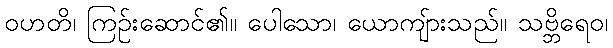
ဝဟတိ၊ ကြဉ်းဆောင်၏။ ပေါသော၊ ယောကျ်ားသည်။ သဗ္ဘိရေဝ၊